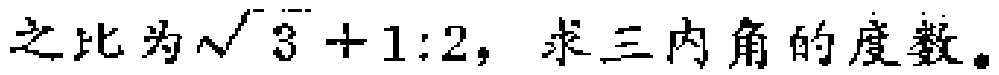
之比为\(\sqrt{3}+1:2\)，求三内角的度数。